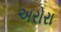
અરોરા